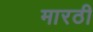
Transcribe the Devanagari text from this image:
मारठी